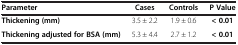
| Parameter | Cases | Controls | P Value |
 | --- | --- | --- | --- |
 | Thickening (mm) | 3.5 ± 2.2 | 1.9 ± 0.6 | < 0.01 |
 | Thickening adjusted for BSA (mm) | 5.3 ± 4.4 | 2.7 ± 1.2 | < 0.01 |